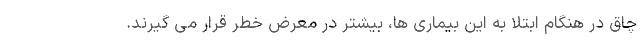
چاق در هنگام ابتلا به این بیماری ها، بیشتر در معرض خطر قرار می گیرند.